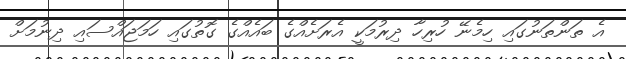
އެ ތަންތަނުގައި ހިމެނޭ ހުރިހާ ދިރުމަކީ އެރަށެއްގެ ބައެއްގެ ގޮތުގައި ހަމަޖައްސައި ދިނުމަށް